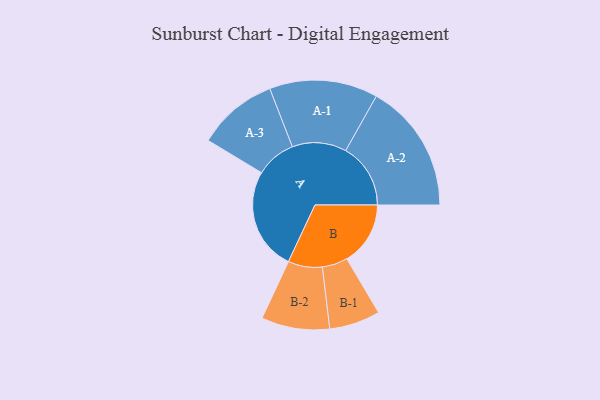
{"axis": {"x": "Segment", "y": "Value"}, "legend": ["", "A", "B"], "data": [{"x": "A", "y": 472, "type": ""}, {"x": "B", "y": 292, "type": ""}, {"x": "A-1", "y": 249, "type": "A"}, {"x": "A-2", "y": 298, "type": "A"}, {"x": "A-3", "y": 185, "type": "A"}, {"x": "B-1", "y": 117, "type": "B"}, {"x": "B-2", "y": 157, "type": "B"}]}